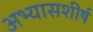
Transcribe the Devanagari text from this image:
अभ्यासशीर्ष